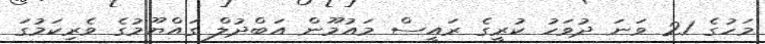
މަހުގެ 21 ވަނަ ދުވަހު ކުރީގެ ރައީސް މައުމޫން އަބްދުލް ގައްޔޫމުގެ ވެރިކަމުގަ